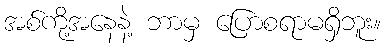
အစ်ကို့အနေနဲ့ ဘာမှ ပြောစရာမရှိဘူး။